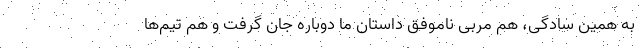
به همین سادگی، هم مربی ناموفق داستان ما دوباره جان گرفت و هم تیم‌ها